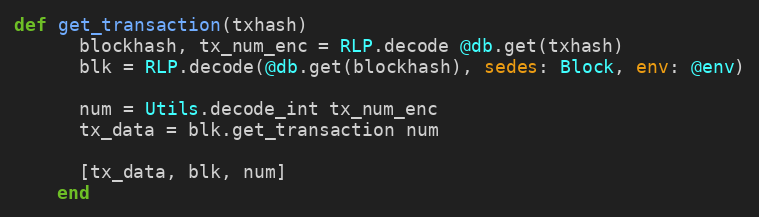
Language: Ruby
def get_transaction(txhash)
      blockhash, tx_num_enc = RLP.decode @db.get(txhash)
      blk = RLP.decode(@db.get(blockhash), sedes: Block, env: @env)

      num = Utils.decode_int tx_num_enc
      tx_data = blk.get_transaction num

      [tx_data, blk, num]
    end